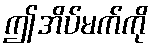
ဤအိပ်မက်ကို